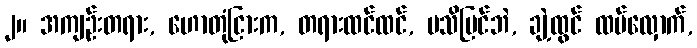
၂။ အကျဉ်းတရား, ဟောတုံငြားက, တရားထင်ထင်, မသိမြင်ဘဲ, ချဲ့ထွင် ထပ်လှောက်,